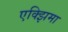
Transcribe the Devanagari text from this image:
एक्झिमा